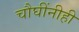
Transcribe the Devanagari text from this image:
चौघींनीही